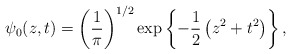
\begin{align*}\psi_{0}(z,t) = \left({1 \over \pi }\right)^{1/2}\exp\left\{-{1\over 2}\left(z^{2} + t^{2}\right)\right\} ,\end{align*}